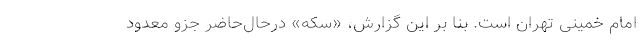
امام خمینی تهران است. بنا بر این گزارش، «سکه» درحال‌حاضر جزو معدود